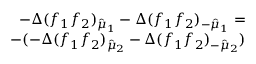
\begin{array} { r } { - \Delta ( f _ { 1 } f _ { 2 } ) _ { \hat { \mu } _ { 1 } } - \Delta ( f _ { 1 } f _ { 2 } ) _ { - \hat { \mu } _ { 1 } } = } \\ { - ( - \Delta ( f _ { 1 } f _ { 2 } ) _ { \hat { \mu } _ { 2 } } - \Delta ( f _ { 1 } f _ { 2 } ) _ { - \hat { \mu } _ { 2 } } ) } \end{array}